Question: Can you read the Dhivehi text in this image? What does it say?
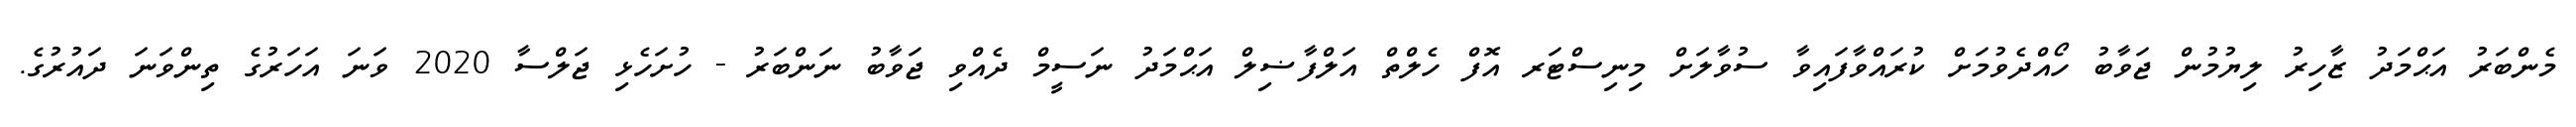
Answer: މެންބަރު އަޙްމަދު ޒާހިރު ލިޔުމުން ޖަވާބު ހޯއްދެވުމަށް ކުރައްވާފައިވާ ސުވާލަށް މިނިސްޓަރ އޮފް ހެލްތް އަލްފާޟިލް އަޙްމަދު ނަސީމް ދެއްވި ޖަވާބު ނަންބަރު - ހުށަހެޅި ޖަލްސާ 2020 ވަނަ އަހަރުގެ ތިންވަނަ ދައުރުގެ.